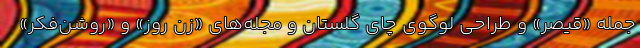
جمله «قیصر» و طراحی لوگوی چای گلستان و مجله‌های «زن روز» و «روشن‌فکر»